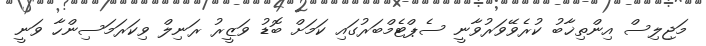
މަޖިލިސް އިންތިޚާބު ކުރެވޭވަރުވާނީ ސެޕްޓެމްބަރުގައި ކަމަށް ބޮޑު ވަޒީރު ރަނިލް ވިކަރަމަސިންހާ ވަނީ